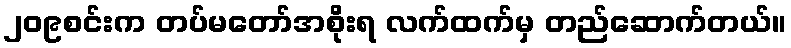
၂၀၉စင်းက တပ်မတော်အစိုးရ လက်ထက်မှ တည်ဆောက်တယ်။